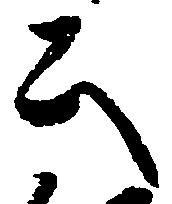
公